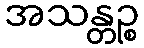
အသန္တဉ္စ